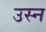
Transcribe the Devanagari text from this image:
उस्न